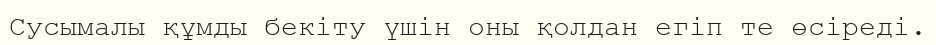
Сусымалы құмды бекіту үшін оны қолдан егіп те өсіреді.